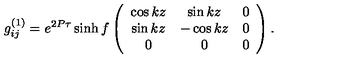
g _ { i j } ^ { ( 1 ) } = e ^ { 2 P \tau } \sinh f \left( \begin{array} { c c c } { \cos k z } & { \sin k z } & { 0 } \\ { \sin k z } & { - \cos k z } & { 0 } \\ { 0 } & { 0 } & { 0 } \\ \end{array} \right) .